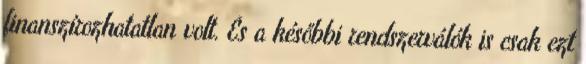
finanszírozhatatlan volt. És a későbbi rendszerválók is csak ezt